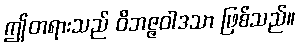
ဤတရားသည် ဝိဘဇ္ဇဝါဒသာ ဖြစ်သည်။